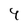
Character: 4